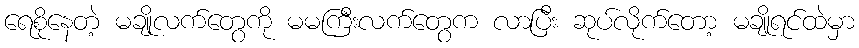
ရေစိုနေတဲ့ မချိုလက်တွေကို မမကြီးလက်တွေက လာပြီး ဆုပ်လိုက်တော့ မချိုရင်ထဲမှာ